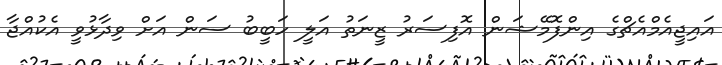
އައިޖީއެމްއެޗްގެ އިންފޮމޭޝަން އޮފިސަރު ޒީނަތު އަލީ ހަބީބު ސަން އަށް ވިދާޅުވީ އެކުއްޖާ